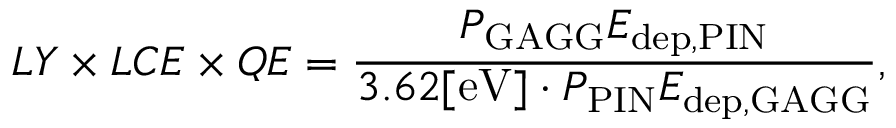
L Y \times L C E \times Q E = \frac { P _ { \mathrm { G A G G } } E _ { \mathrm { d e p , P I N } } } { 3 . 6 2 [ \mathrm { e V } ] \cdot P _ { \mathrm { P I N } } E _ { \mathrm { d e p , G A G G } } } ,